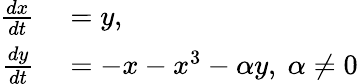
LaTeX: \begin{array}{rl}{{\frac{dx}{dt}}}&{{}=y,}\\ {{\frac{dy}{dt}}}&{{}=-x-x^{3}-\alpha y,~\alpha\neq 0}\end{array}